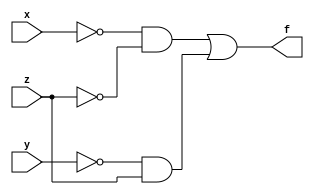
module Sum_of_Product(
    input x,
    input y,
    input z,
    output f
    );
	 wire w1 = (~x)&(~z);
	 wire w2 = (~y)&z;
	 assign f = w1|w2;
endmodule